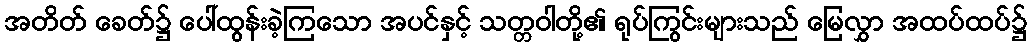
အတိတ် ခေတ်၌ ပေါ်ထွန်းခဲ့ကြသော အပင်နှင့် သတ္တဝါတို့၏ ရုပ်ကြွင်းများသည် မြေလွှာ အထပ်ထပ်၌